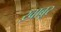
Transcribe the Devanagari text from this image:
ख़ाबूर